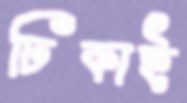
ঢিকাই